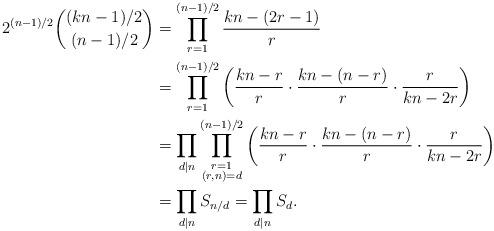
LaTeX: \begin{align*}2^{(n-1)/2}\binom{(kn-1)/2}{(n-1)/2}&=\prod_{r=1}^{(n-1)/2} \frac{kn-(2r-1)}{r}\\&=\prod_{r=1}^{(n-1)/2} \left(\frac{kn-r}{r}\cdot\frac{kn-(n-r)}{r}\cdot\frac{r}{kn-2r}\right)\\&=\prod_{d\mid n}\prod_{\substack{r=1\\ (r,n)=d}}^{(n-1)/2} \left(\frac{kn-r}{r}\cdot\frac{kn-(n-r)}{r}\cdot\frac{r}{kn-2r}\right)\\&=\prod_{d\mid n}S_{n/d}=\prod_{d\mid n}S_d.\end{align*}